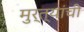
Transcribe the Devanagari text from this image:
मुर्त्यांची